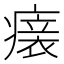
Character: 𤺀